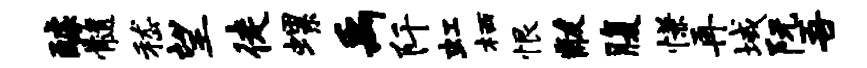
醵髓嵇望徒螺禹阡虹栖恨黻腹慊再域阮吾